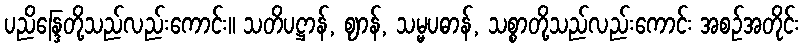
ပညိန္ဒြေတို့သည်လည်းကောင်း။ သတိပဋ္ဌာန်, ဈာန်, သမ္မပဓာန်, သစ္စာတို့သည်လည်းကောင်း အစဉ်အတိုင်း